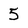
Character: 5